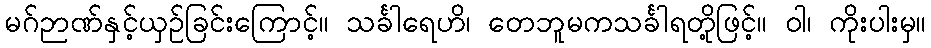
မဂ်ဉာဏ်နှင့်ယှဉ်ခြင်းကြောင့်။ သင်္ခါရေဟိ၊ တေဘူမကသင်္ခါရတို့ဖြင့်။ ဝါ၊ ကိုးပါးမှ။